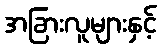
အခြားလူများနှင့်